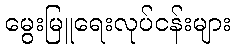
မွေးမြူရေးလုပ်ငန်းများ